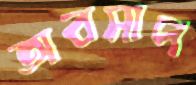
অবসাদ